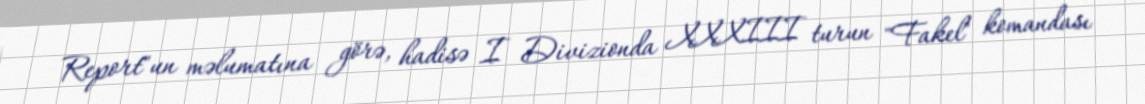
Report"un məlumatına görə, hadisə I Divizionda XXXIII turun "Fakel" komandası